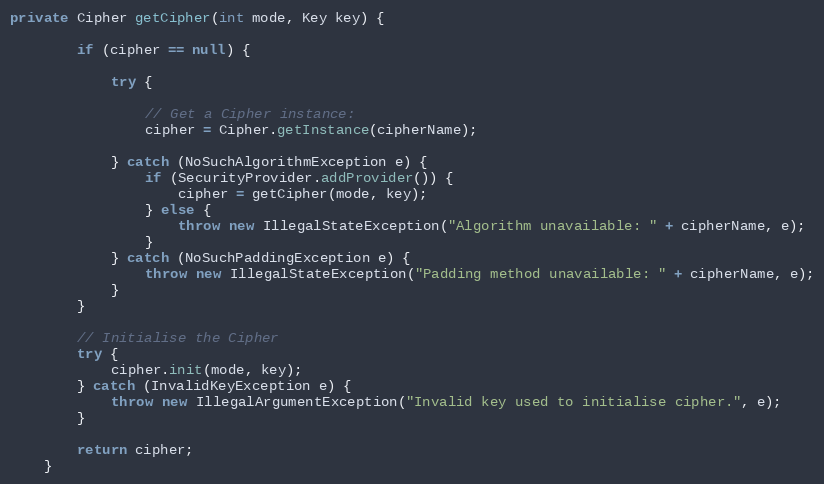
Language: Java
private Cipher getCipher(int mode, Key key) {

        if (cipher == null) {

            try {

                // Get a Cipher instance:
                cipher = Cipher.getInstance(cipherName);

            } catch (NoSuchAlgorithmException e) {
                if (SecurityProvider.addProvider()) {
                    cipher = getCipher(mode, key);
                } else {
                    throw new IllegalStateException("Algorithm unavailable: " + cipherName, e);
                }
            } catch (NoSuchPaddingException e) {
                throw new IllegalStateException("Padding method unavailable: " + cipherName, e);
            }
        }

        // Initialise the Cipher
        try {
            cipher.init(mode, key);
        } catch (InvalidKeyException e) {
            throw new IllegalArgumentException("Invalid key used to initialise cipher.", e);
        }

        return cipher;
    }